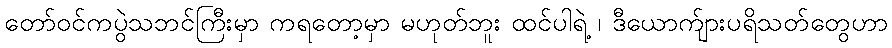
တော်ဝင်ကပွဲသဘင်ကြီးမှာ ကရတော့မှာ မဟုတ်ဘူး ထင်ပါရဲ့ ၊ ဒီယောက်ျားပရိသတ်တွေဟာ